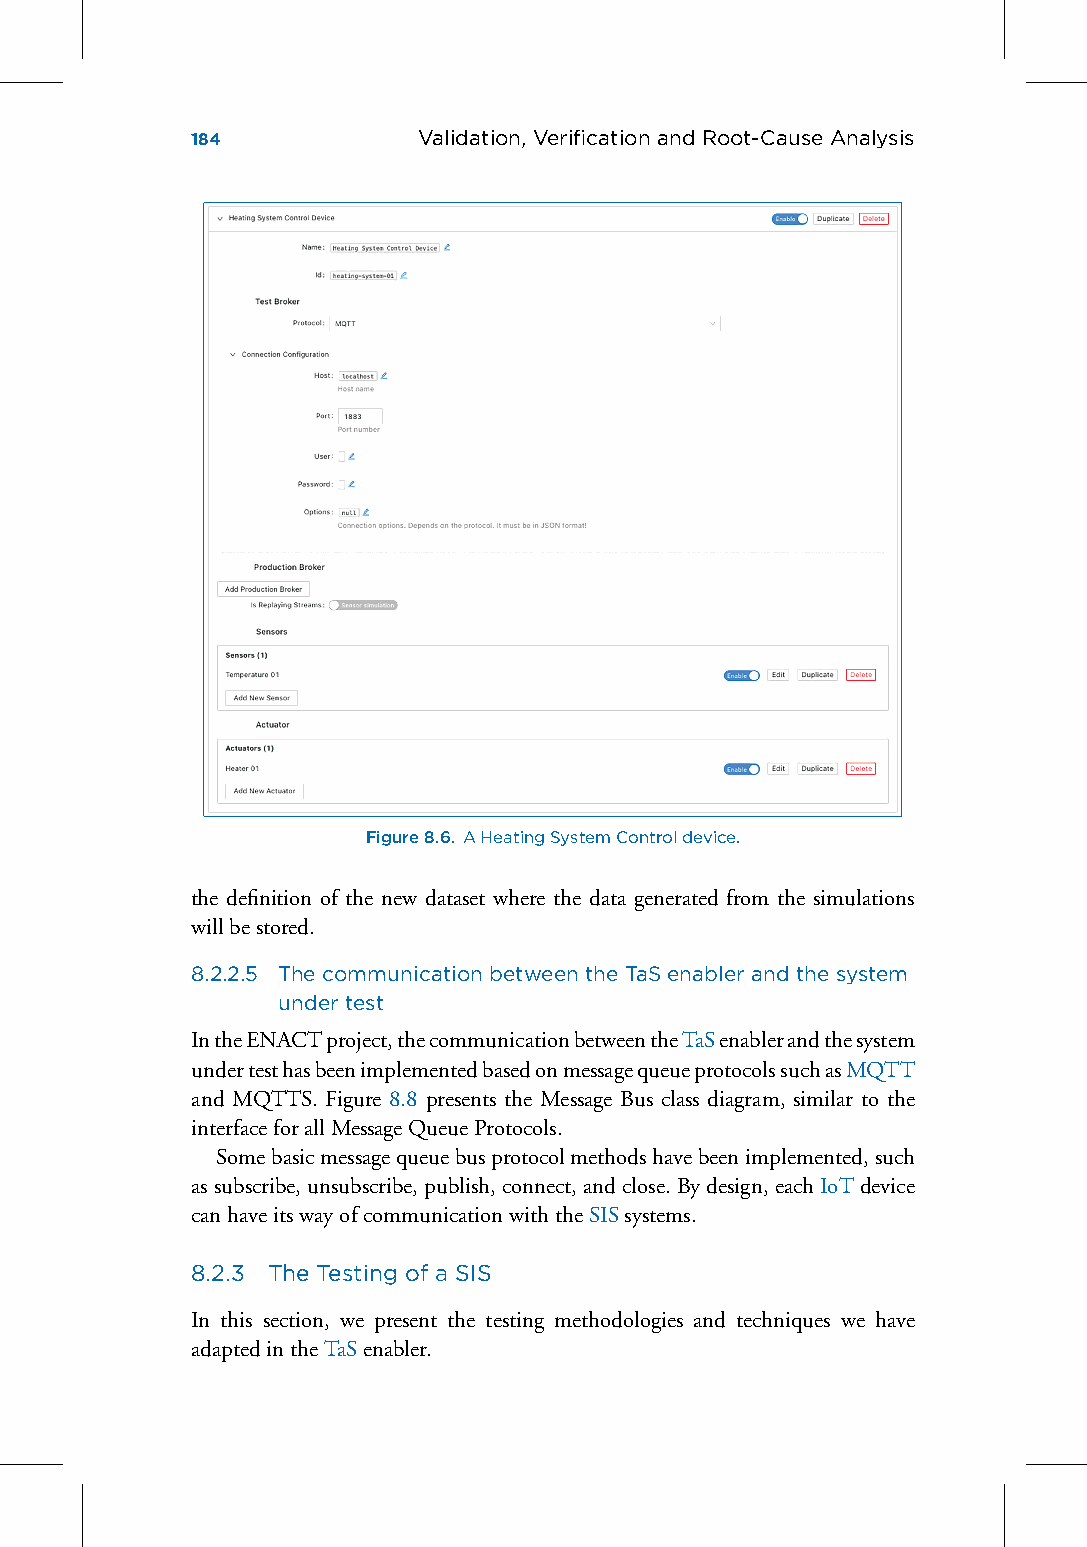
184            Validation, VerificationandRoot-CauseAnalysis
 Figure8.6. AHeatingSystemControldevice.
 the definition of the new dataset where the data generated from the simulations
 willbestored.
 8.2.2.5 The communicationbetweentheTaSenablerandthesystem
 undertest
 IntheENACTproject,thecommunicationbetweentheTaSenablerandthesystem
 undertesthasbeenimplementedbasedonmessagequeueprotocolssuchasMQTT
 and MQTTS. Figure 8.8 presents the Message Bus class diagram, similar to the
 interfaceforallMessageQueueProtocols.
 Somebasicmessagequeuebusprotocolmethodshavebeenimplemented,such
 assubscribe,unsubscribe,publish,connect,andclose.Bydesign,eachIoTdevice
 canhaveitswayofcommunicationwiththeSISsystems.
 8.2.3 The Testing of a SIS
 In this section, we present the testing methodologies and techniques we have
 adaptedintheTaSenabler.